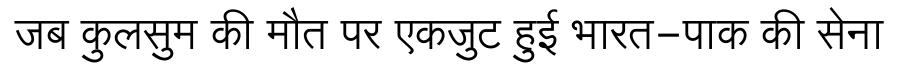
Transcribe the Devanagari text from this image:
जब कुलसुम की मौत पर एकजुट हुई भारत-पाक की सेना